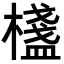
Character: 𣛷